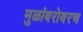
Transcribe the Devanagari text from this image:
मुळांबरोबरच